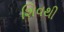
શિવથી